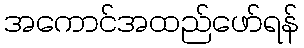
အကောင်အထည်ဖော်ရန်